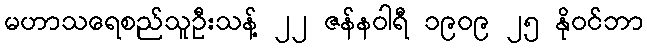
မဟာသရေစည်သူဦးသန့် ၂၂ ဇန်နဝါရီ ၁၉၀၉ ၂၅ နိုဝင်ဘာ